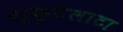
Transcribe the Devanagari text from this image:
स्कुटेलाटा